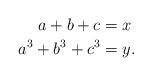
LaTeX: \begin{align*} a + b + c &= x \\ a^3 + b^3 + c^3 &= y . \end{align*}